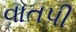
વાતપી